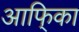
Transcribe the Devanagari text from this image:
आफि्का